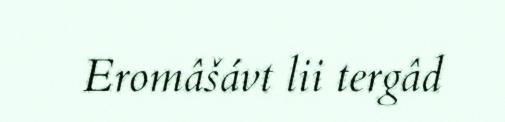
Eromâšávt lii tergâd